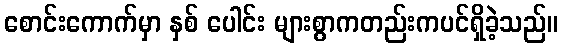
စောင်းကောက်မှာ နှစ် ပေါင်း များစွာကတည်းကပင်ရှိခဲ့သည်။